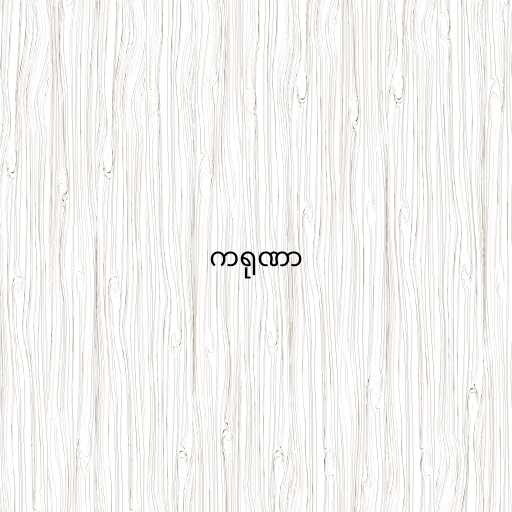
ကရုဏာ